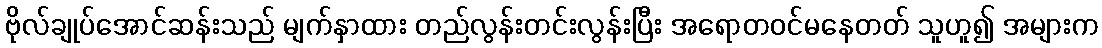
ဗိုလ်ချုပ်အောင်ဆန်းသည် မျက်နှာထား တည်လွန်းတင်းလွန်းပြီး အရောတဝင်မနေတတ် သူဟူ၍ အများက